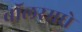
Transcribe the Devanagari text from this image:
बॉलरमधे